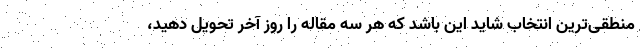
منطقی‌ترین انتخاب شاید این باشد که هر سه مقاله را روز آخر تحویل دهید،